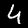
Digit: 4